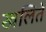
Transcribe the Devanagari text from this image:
खलिते